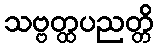
သဗ္ဗတ္ထပညတ္တိ